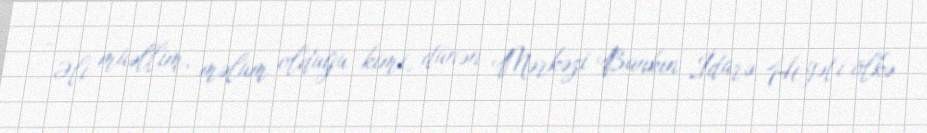
- Əli müəllim, məlum olduğu kimi, dünən Mərkəzi Bankın İdarə Heyəti ölkə